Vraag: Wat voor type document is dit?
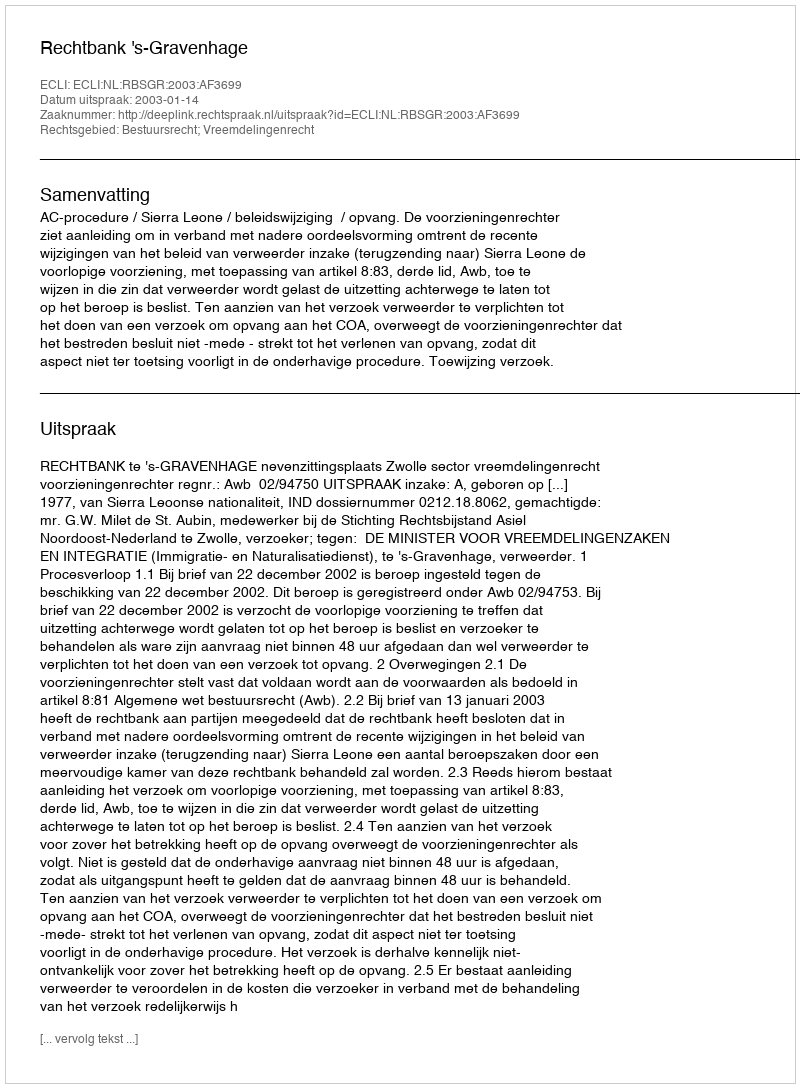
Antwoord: Uitspraak